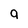
Character: 9